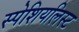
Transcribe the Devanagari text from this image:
स्पेशियलिस्ट